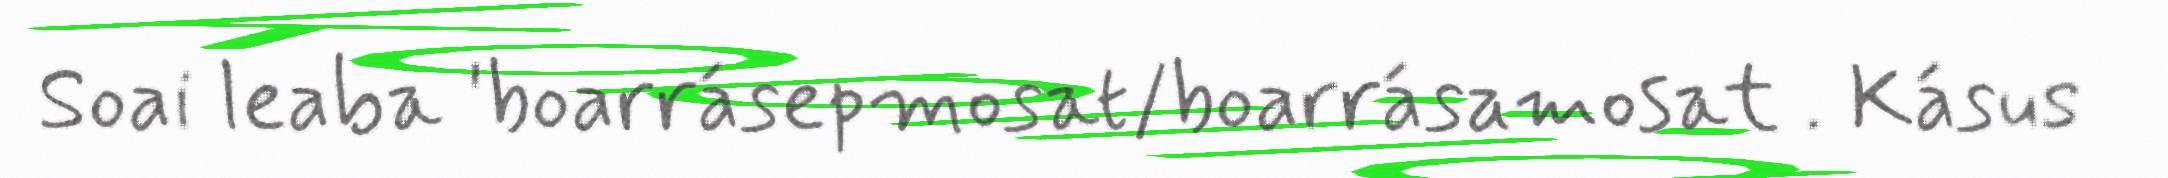
Soai leaba 'boarrásepmosat/boarrásamosat . Kásus